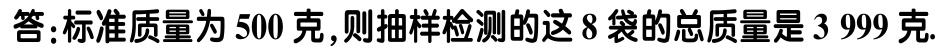
答：标准质量为 500 克,则抽样检测的这 8 袋的总质量是 3 999 克.